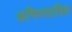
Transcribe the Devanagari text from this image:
अभिस्तावित